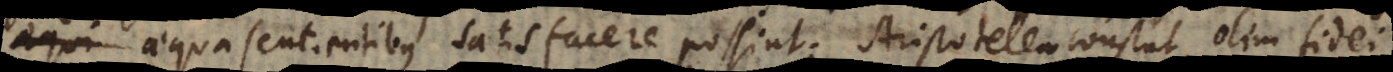
aequa sentientibus satisfacere possint. Aristotelem constat olim fidei